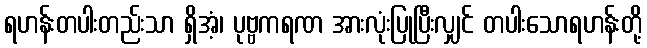
ရဟန်းတပါးတည်းသာ ရှိအံ့၊ ပုဗ္ဗကရဏ အားလုံးပြုပြီးလျှင် တပါးသောရဟန်းတို့